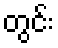
တွင်း